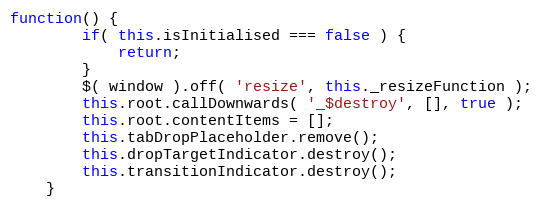
Language: JavaScript
function() {
		if( this.isInitialised === false ) {
			return;
		}
		$( window ).off( 'resize', this._resizeFunction );
		this.root.callDownwards( '_$destroy', [], true );
		this.root.contentItems = [];
		this.tabDropPlaceholder.remove();
		this.dropTargetIndicator.destroy();
		this.transitionIndicator.destroy();
	}